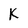
Character: K